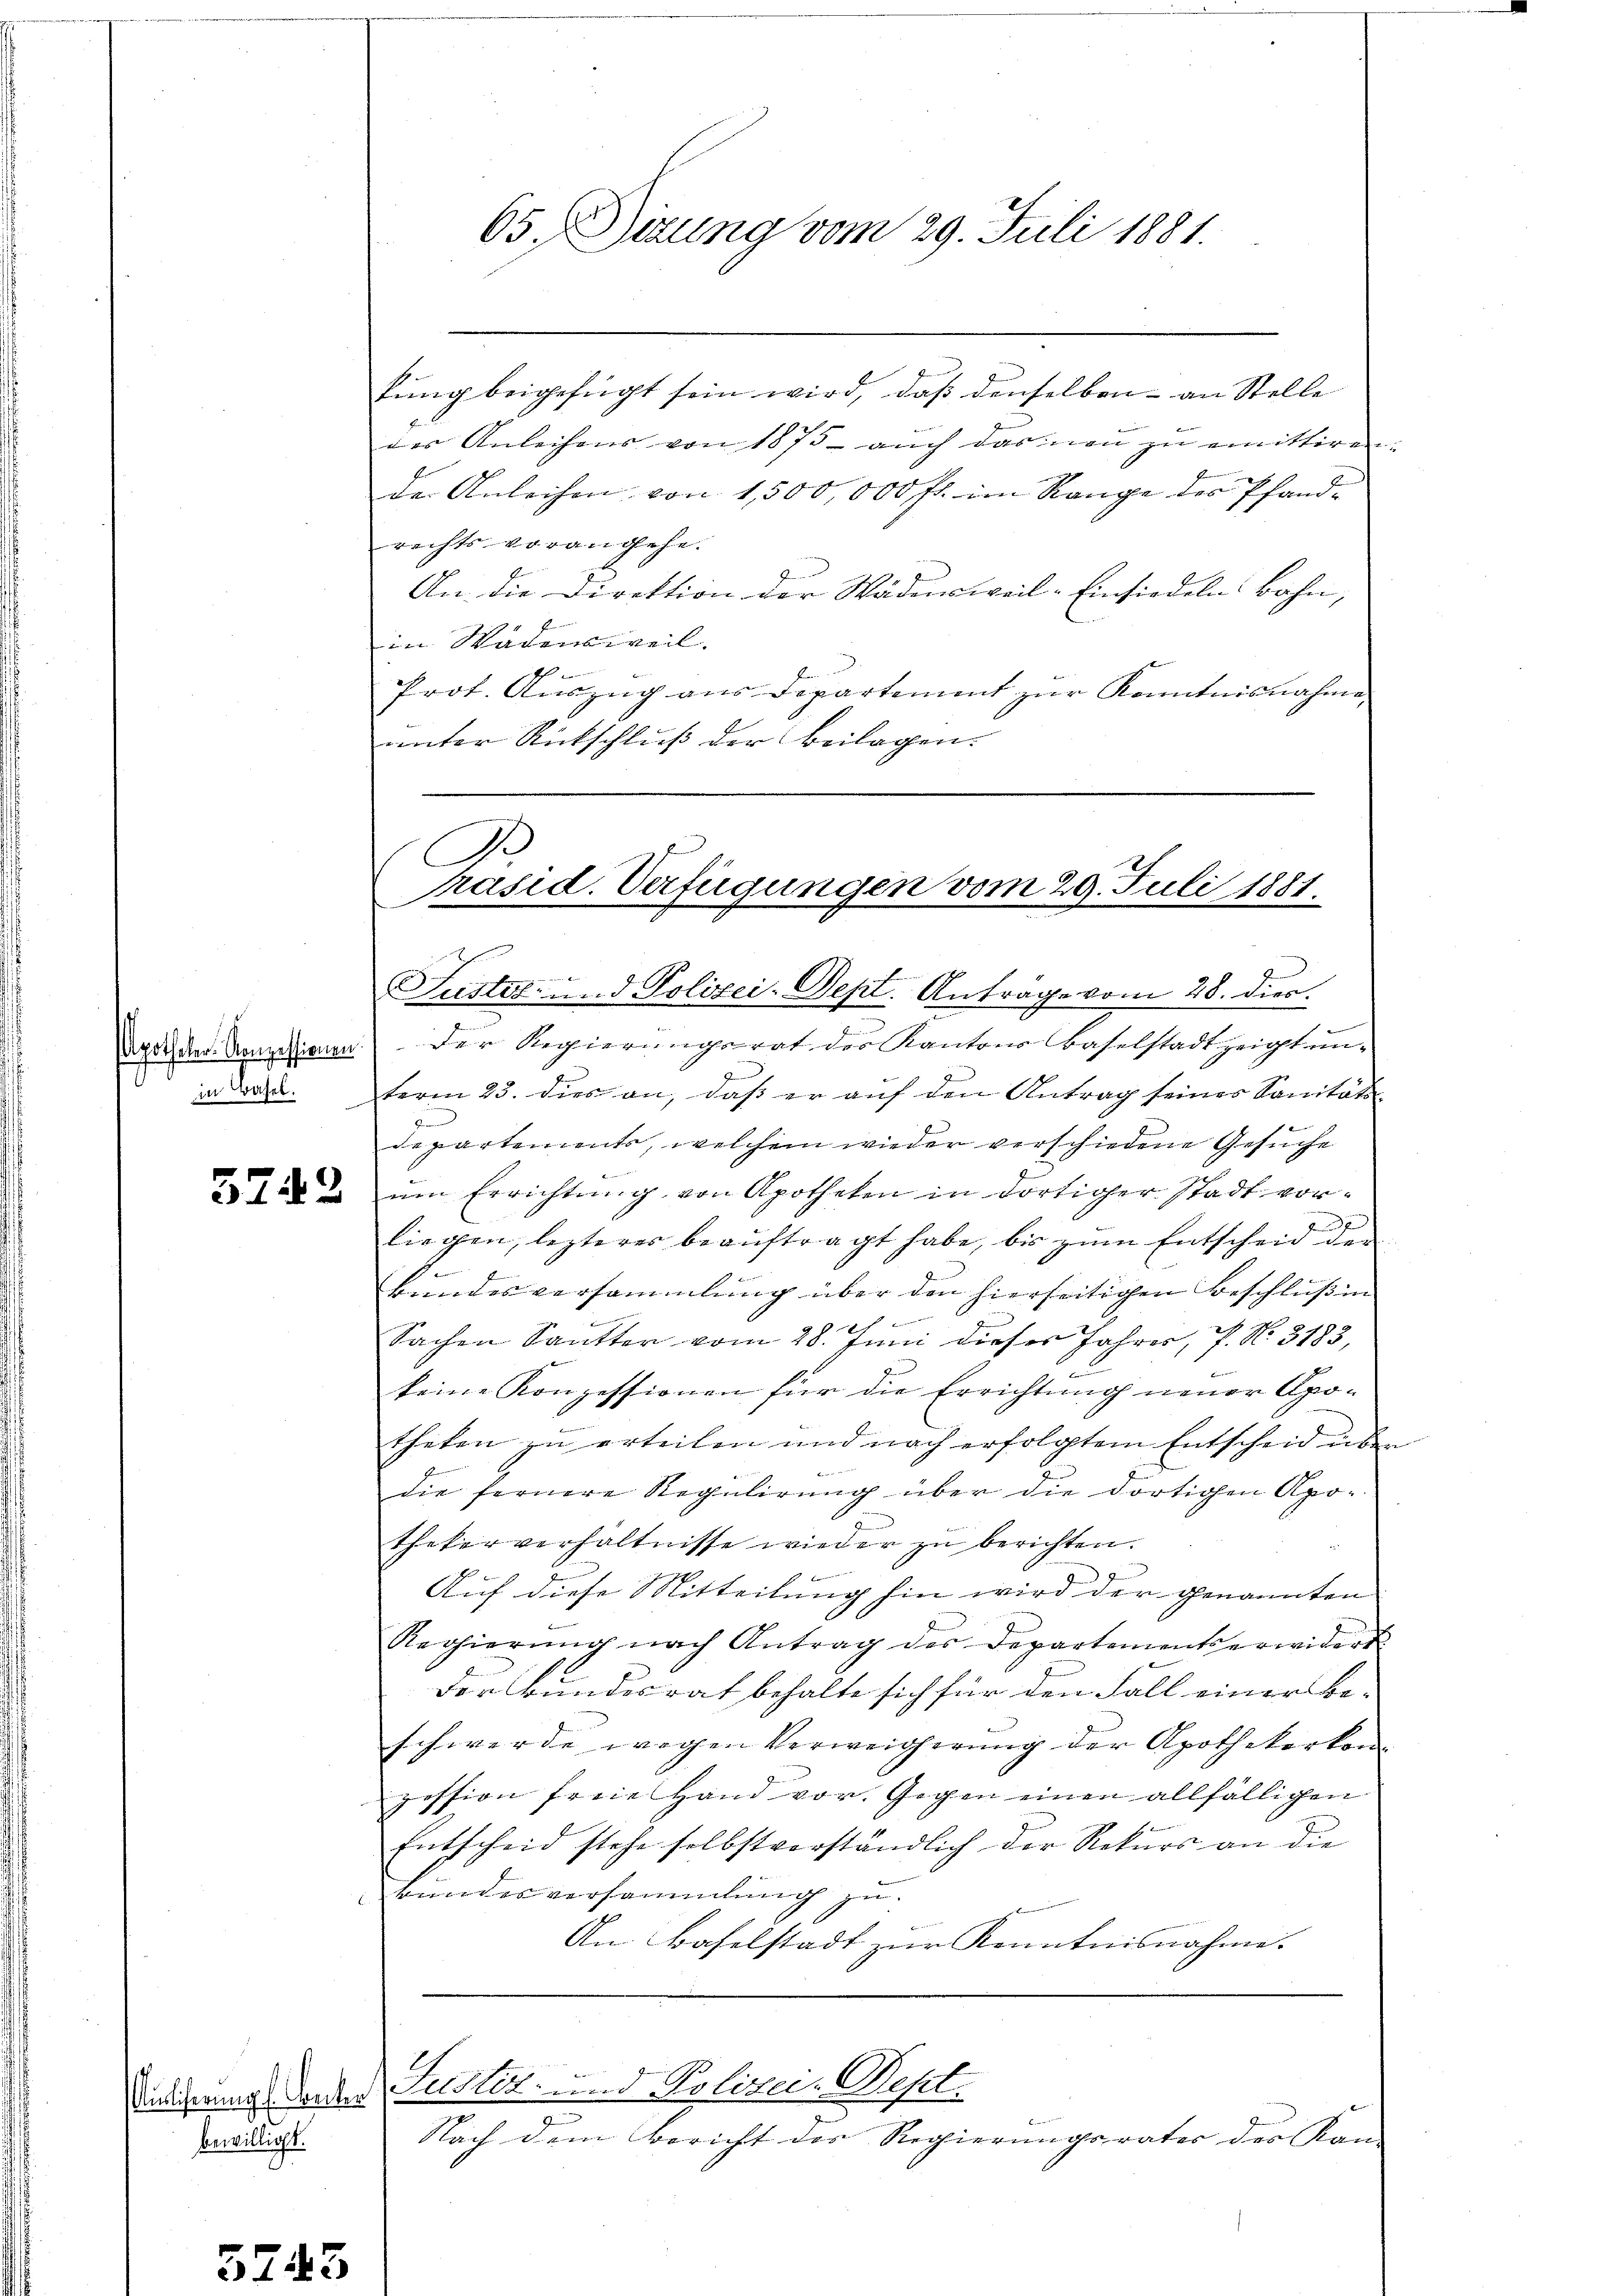
in Basel.

5742

bewilligt.

s

tung beigefügt sein wird, daß denselben – an Stelle
des Anleihens von 1875 aŭch darinen zŭ emittiren
de Anleihen von 1,500,000 fl. im Range des Pfand-
rechts vorangehe.
An die Direktion der Wädensweil–Einsiedeln Bahn,
in Wädensweil.
h
Prot. Aŭszŭg ans Departement zŭr Kenntnisnahme,
unter Rückschluß der Beilagen.

Justiz- und Polizei-Sept. Anträge vom 28. dies.
Apitscher Ampessionen. Der Regierungsrat des Kantons Baselstadtzeigt un-
term 23. dies an, daß er auf den Antrag seines Sanitäts-
Departements, welchem wieder verschiedene Gesuche
ŭm Errichtung von Apotheken in dortiger Stadt vorf
liegen, lezterer beauftragt habe, bis zum Entscheid der
S.
E
Bundesversammlung über den hierseitigen Beschluß in
Sachen Sautter vom 28. Juni dieses Jahres, P. No. 3183,
keine Konzessionen für die Errichtung neuer Apotheken zu erteilen und nach erfolgtem Entscheid über
die fernere Regulirung über die dortigen Apothekerverhältnisse wieder zu berichten.
f
Auf diese Mitteilung hin wird der genannten
Regierŭng nach Antrag des Departementserwidert
Derbundesrat behalte sich für den Fall einer Be-
schwerde wegen Verweigerung der Apothekerkompession freie Hand vor. Gegen einen allfälligen
Entscheid stehe selbstverständlich der Rekurs an die
Bundesversammlung zu
An Baselstadt zur Kenntnisnahme.
inlicherung worden Justiz- und Polizei-Geset
Nach dem Bericht der Regierungsrater der Kan-

65. Dizung vom 29. Juli 1881.

A
räsid. Verfügungen vom 29. Juli 1881.